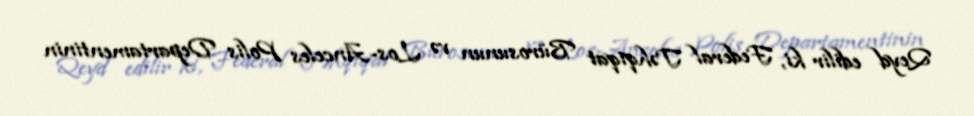
Qeyd edilir ki, Federal Təhqiqat Bürosunun və Los-Anceles Polis Departamentinin